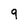
Character: 9